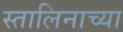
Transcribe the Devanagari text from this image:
स्तालिनाच्या